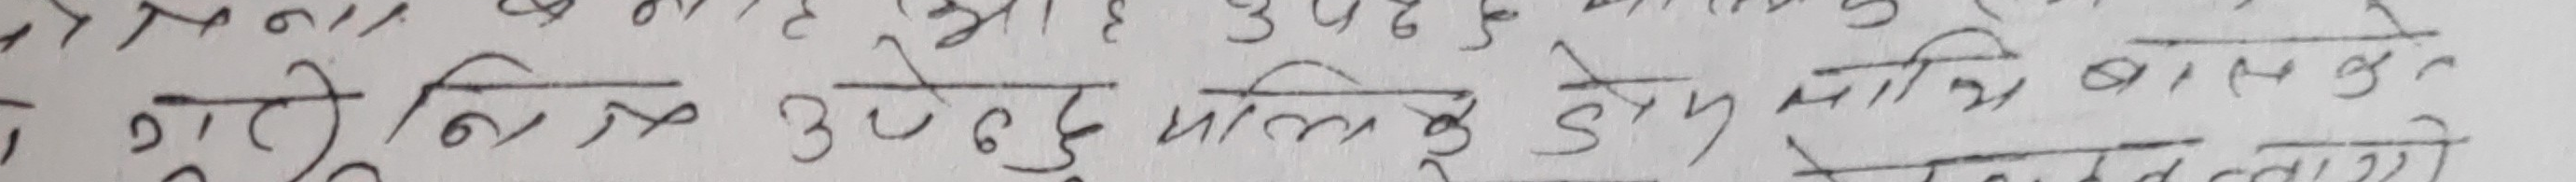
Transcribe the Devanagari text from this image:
गराखिले उपेन्द्र मालिक को नाम मा बैंक खाता
अन्त्यमा को को र आइका को तारे